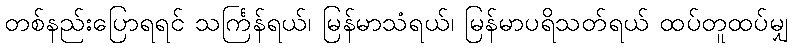
တစ်နည်းပြောရရင် သင်္ကြန်ရယ်၊ မြန်မာသံရယ်၊ မြန်မာပရိသတ်ရယ် ထပ်တူထပ်မျှ